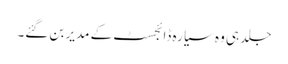
جلد ہی وہ سیارہ ڈائجسٹ کے مدیر بن گئے۔